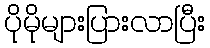
ပိုမိုများပြားလာပြီး